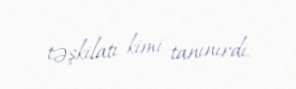
təşkilatı kimi tanınırdı.